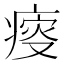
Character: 𤸃